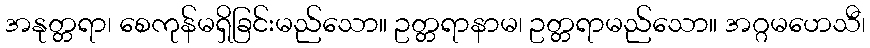
အနုတ္တရာ၊ စေကုန်မရှိခြင်းမည်သော။ ဥတ္တရာနာမ၊ ဥတ္တရာမည်သော။ အဂ္ဂမဟေသီ၊